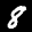
Label: 8